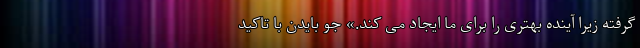
گرفته زیرا آینده بهتری را برای ما ایجاد می کند.» جو بایدن با تاکید